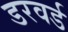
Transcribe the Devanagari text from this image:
डरवर्ड